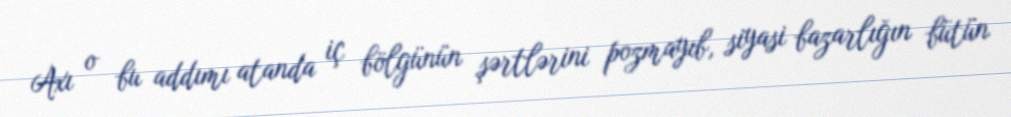
Axı o bu addımı atanda iç bölgünün şərtlərini pozmayıb, siyasi bazarlığın bütün